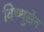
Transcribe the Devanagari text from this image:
विष्णुसेन